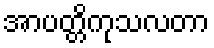
အာပတ္တိကုသလတာ